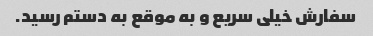
سفارش خیلی سریع و به موقع به دستم رسید.